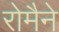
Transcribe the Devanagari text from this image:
रोमैने